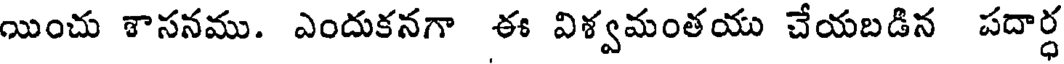
యించు శాసనము. ఎందుకనగా ఈ విశ్వమంతయు చేయబడిన పదార్ధ